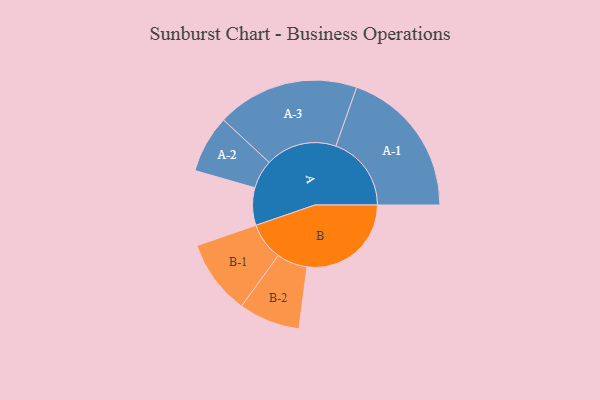
{"axis": {"x": "Segment", "y": "Value"}, "legend": ["", "A", "B"], "data": [{"x": "A", "y": 142, "type": ""}, {"x": "B", "y": 395, "type": ""}, {"x": "A-1", "y": 286, "type": "A"}, {"x": "A-2", "y": 109, "type": "A"}, {"x": "A-3", "y": 270, "type": "A"}, {"x": "B-1", "y": 142, "type": "B"}, {"x": "B-2", "y": 116, "type": "B"}]}